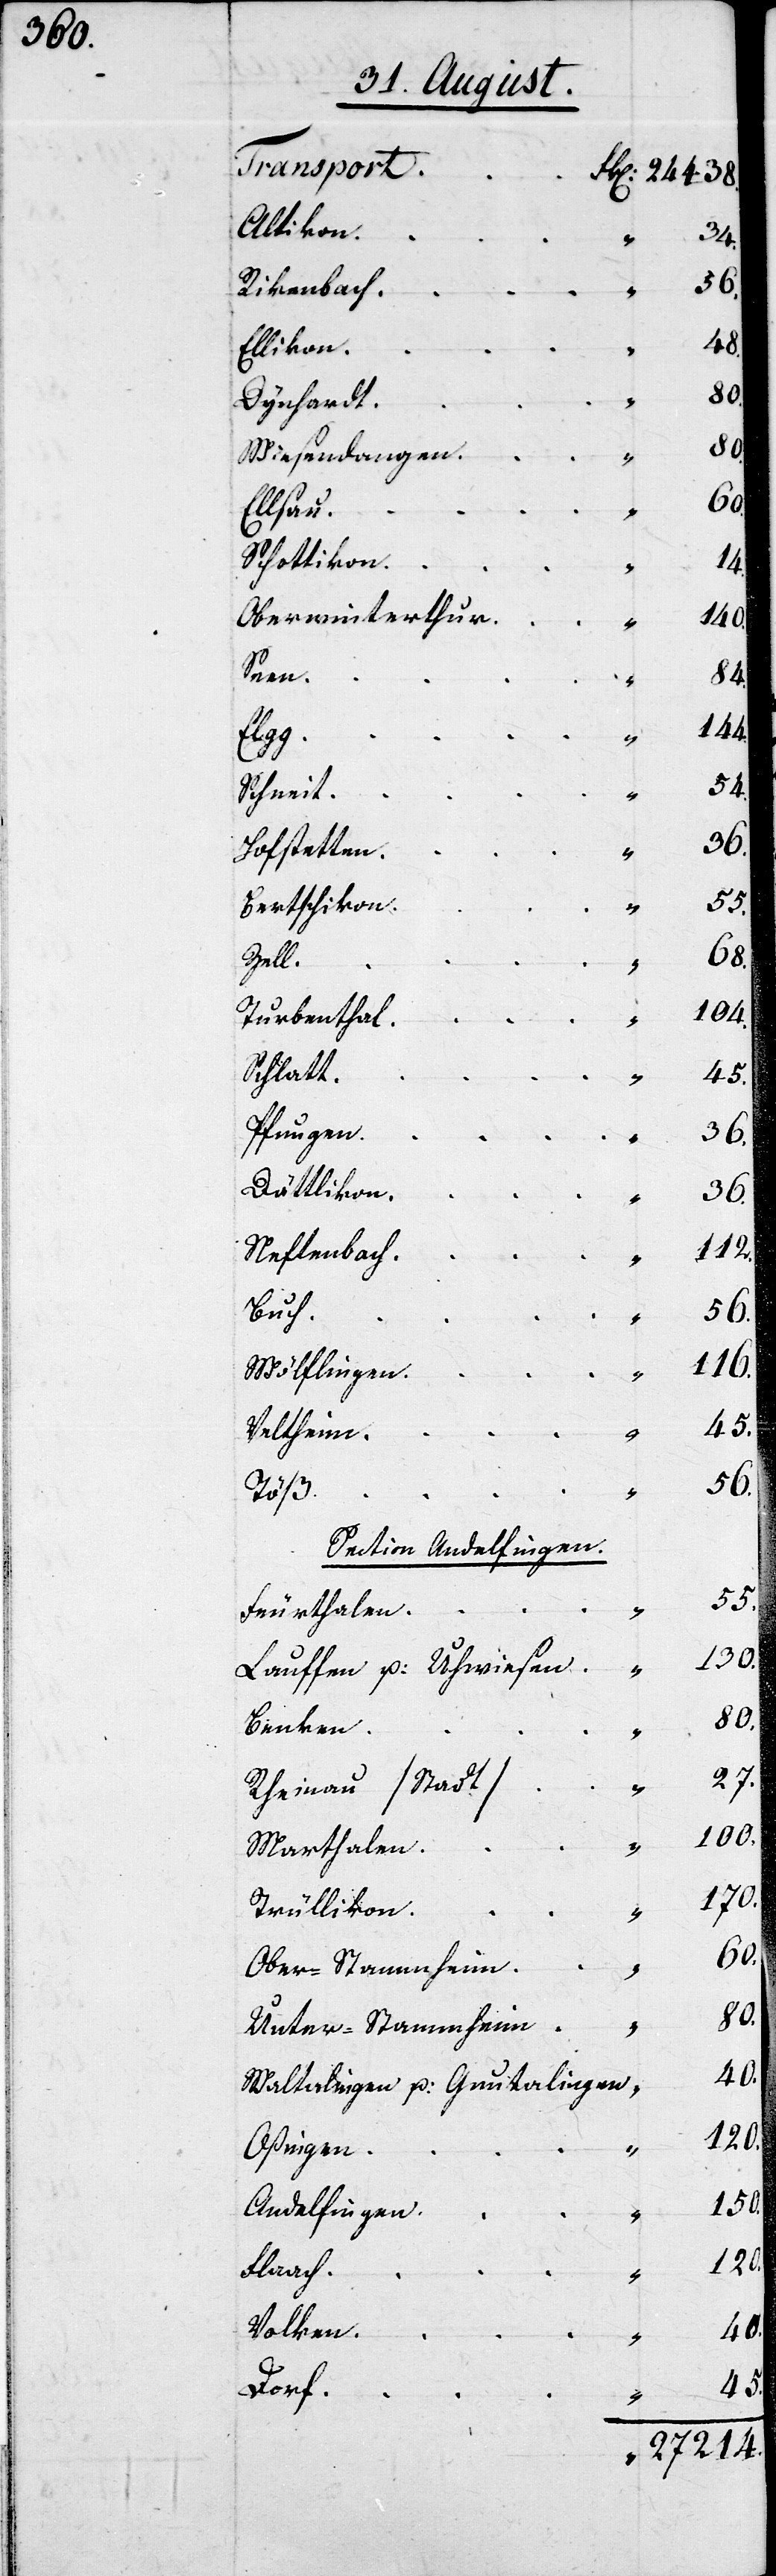
Altikon
„ 	34.
Rikenbach
Ellikon
Wiesendangen
Schottikon
Oberwinterthur
„
Seen
Elgg
„
Schneit
Hofstetten
Bertschikon
Zell
„
Turbenthal
Schlatt
Pfungen
Dättlikon
Neftenbach
Wülflingen
Veltheim
Section Andelfingen.
Feuerthalen
Lauffen und Uhwiesen
Benken
Rheinau (Stadt)
Marthalen
Trüllikon
Ober-Stammheim
Unter-Stammheim
Waltalingen und Guntalingen
Oßingen
„
Andelfingen
Flaach
Volken

„
„
„